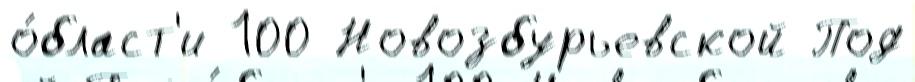
о́бласт'и 100 Новозбурьевской Под